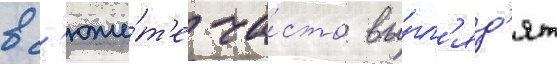
в с'юже́т'е ча́сто вы́гл'яд'ят